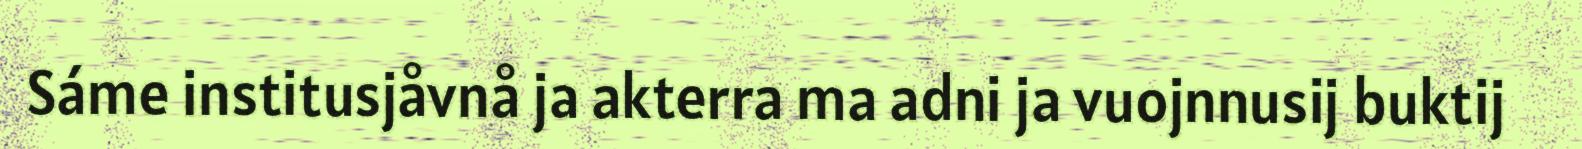
Sáme institusjåvnå ja akterra ma adni ja vuojnnusij buktij